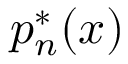
p _ { n } ^ { * } ( x )